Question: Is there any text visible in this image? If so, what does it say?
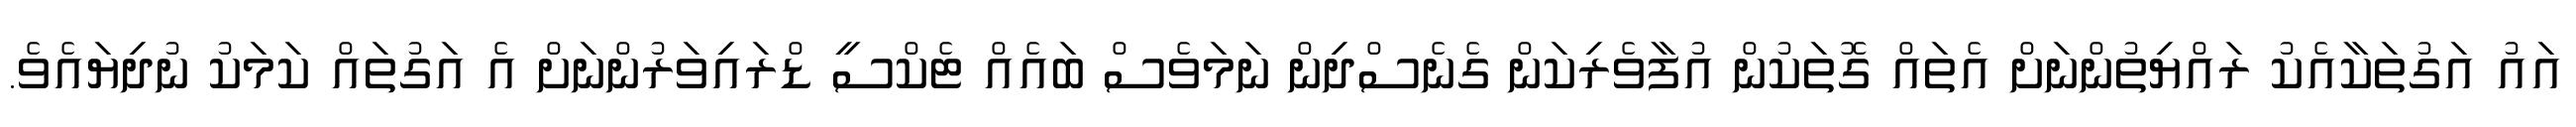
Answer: އައު އަގުތަކާއެކު ރައްޔިތުންނަށް އެތައް ގޮތަކުން އުފާވެރިކަން ގެނެސްދިން ނަމަވެސް ބައެއް ޓެކްސީ ޑްރައިވަރުންނަށް އެ އަގުތައް ކަމަކު ނުދިޔައެވެ.